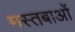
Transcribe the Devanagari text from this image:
मस्तबाओं